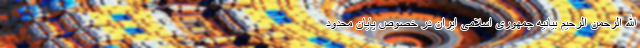
الله الرحمن الرحیم بیانیه جمهوری اسلامی ایران در خصوص پایان محدود